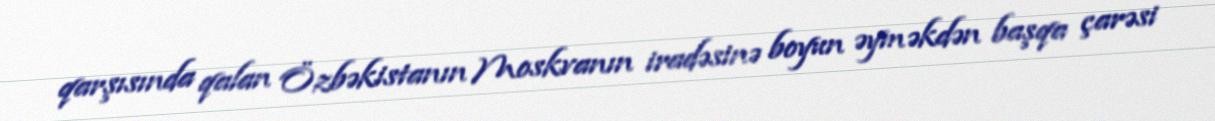
qarşısında qalan Özbəkistanın Moskvanın iradəsinə boyun əyməkdən başqa çarəsi